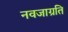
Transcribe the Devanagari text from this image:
नवजाग्रति